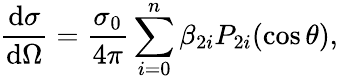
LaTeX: \frac{\mathrm{d}\sigma}{\mathrm{d}\Omega}=\frac{\sigma_{0}}{4\pi}\sum_{i=0}^{n}\beta_{2i}P_{2i}(\cos\theta),